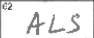
Transcription: ALS